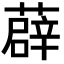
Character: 薜